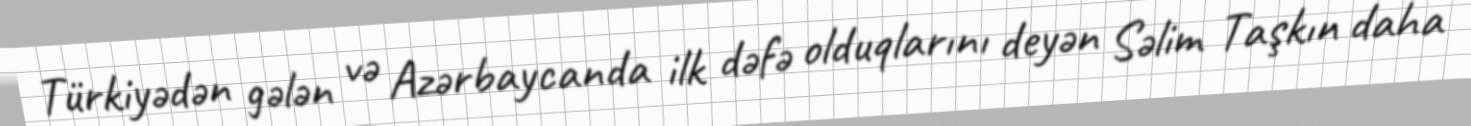
Türkiyədən gələn və Azərbaycanda ilk dəfə olduqlarını deyən Səlim Taşkın daha